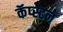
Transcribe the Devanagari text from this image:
कॅप्स्टन